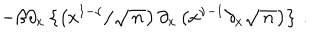
- \beta \partial _ { x } \left\{ \left( x ^ { 1 - \nu } / \sqrt { \, n \, } \right) \partial _ { x } \left( x ^ { \nu - 1 } \partial _ { x } \sqrt { \, n \, } \right) \right\} \, .